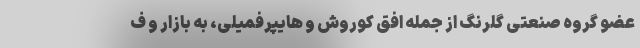
عضو گروه صنعتی گلرنگ از جمله افق کوروش و هایپرفمیلی، به بازار و ف